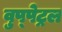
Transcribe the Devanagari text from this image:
वुप्‍पेट्रल